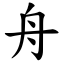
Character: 舟